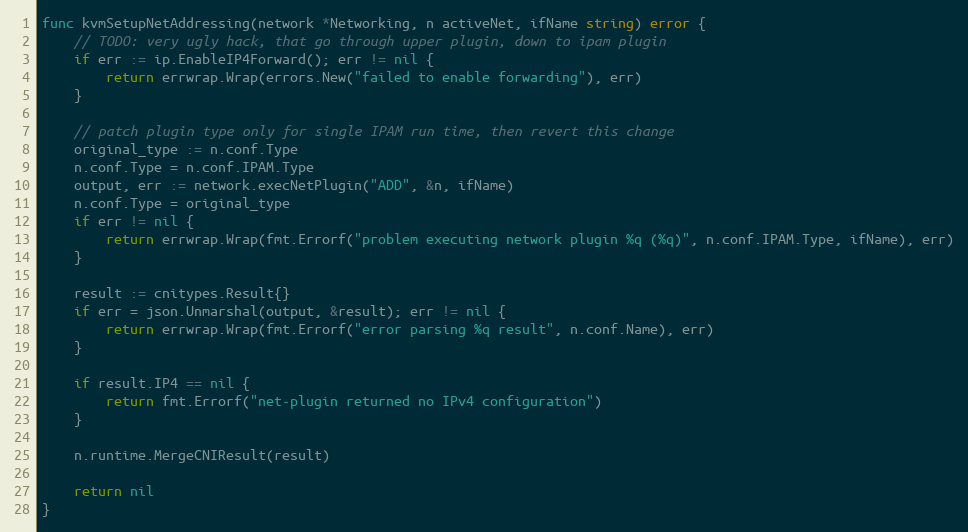
Language: Go
func kvmSetupNetAddressing(network *Networking, n activeNet, ifName string) error {
	// TODO: very ugly hack, that go through upper plugin, down to ipam plugin
	if err := ip.EnableIP4Forward(); err != nil {
		return errwrap.Wrap(errors.New("failed to enable forwarding"), err)
	}

	// patch plugin type only for single IPAM run time, then revert this change
	original_type := n.conf.Type
	n.conf.Type = n.conf.IPAM.Type
	output, err := network.execNetPlugin("ADD", &n, ifName)
	n.conf.Type = original_type
	if err != nil {
		return errwrap.Wrap(fmt.Errorf("problem executing network plugin %q (%q)", n.conf.IPAM.Type, ifName), err)
	}

	result := cnitypes.Result{}
	if err = json.Unmarshal(output, &result); err != nil {
		return errwrap.Wrap(fmt.Errorf("error parsing %q result", n.conf.Name), err)
	}

	if result.IP4 == nil {
		return fmt.Errorf("net-plugin returned no IPv4 configuration")
	}

	n.runtime.MergeCNIResult(result)

	return nil
}